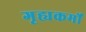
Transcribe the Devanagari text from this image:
गृह्यकर्मों